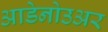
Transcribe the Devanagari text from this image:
आडेनोउअर